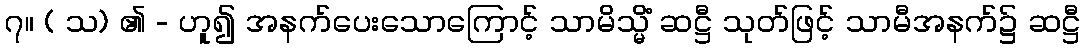
၇။ ( သ) ၏ - ဟူ၍ အနက်ပေးသောကြောင့် သာမိသ္မိံ ဆဋ္ဌီ သုတ်ဖြင့် သာမီအနက်၌ ဆဋ္ဌီ